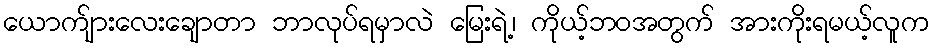
ယောက်ျားလေးချောတာ ဘာလုပ်ရမှာလဲ မြေးရဲ့၊ ကိုယ့်ဘဝအတွက် အားကိုးရမယ့်လူက